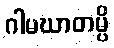
ဂါမဃာတမ္ပိ